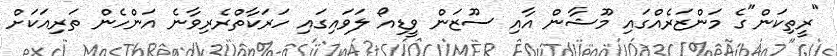
"ރީތިކަން"ގެ މަންޒަރެއްގައި މޫޝާން އާއި ސޫޒަން ވީޑިއޯ ލަވައިގައި ހަރަކާތްރެރިވާނެ އަންހެން ތަރިއަކަށް